French assistants in Scottish schools and training centres, 1920
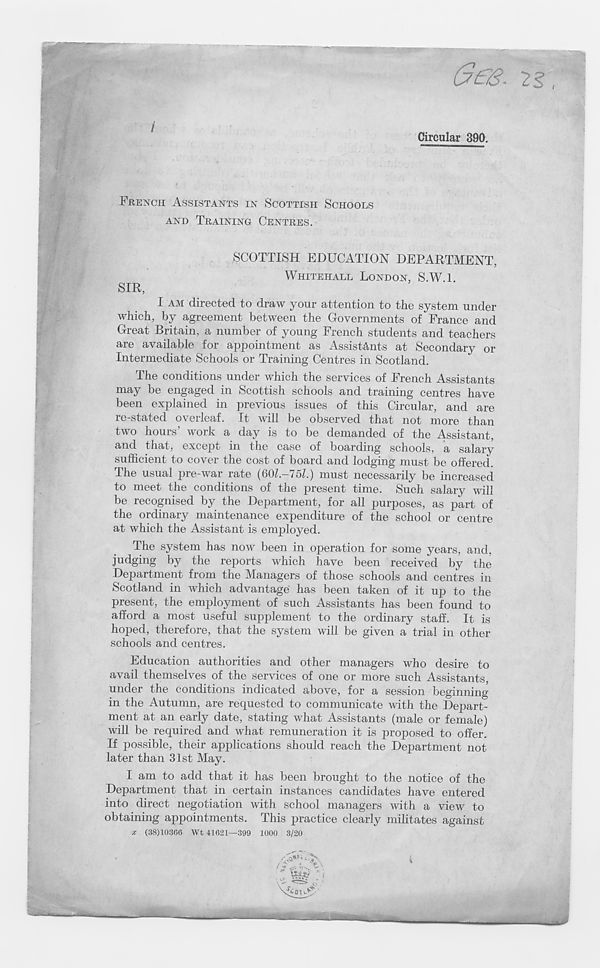
(
Circular 390.
FRENCH ASSISTANTS IN SCOTTISH SCHOOLS
AND TRAINING CENTRES.
SIR,
SCOTTISH EDUCATION DEPARTMENT,
WHITEHALL LONDON, S.W.l.
I AM directed to draw your attention to the system under
which, by agreement between the Governments of France and
Great Britain, a number of young French students and teachers
are available for appointment as Assistants at Secondary or
Intermediate Schools or Training Centres in Scotland.
The conditions under which the services of French Assistants
may be engaged in Scottish schools and training centres have
been explained in previous issues of this Circular, and are
re-stated overleaf. It will be observed that not more than
two hours’ work a day is to be demanded of the Assistant,
and that, except in the case of boarding schools, a salary
sufficient to cover the cost of board and lodging must be offered.
The usual pre-war rate (60Z.-75Z.) must necessarily be increased
to meet the conditions of the present time. Such salary will
be recognised by the Department, for all purposes, as part of
the ordinary maintenance expenditure of the school or centre
at which the Assistant is employed.
The system has now been in operation for some years, and,
judging by the reports which have been received by the
Department from the Managers of those schools and centres in
Scotland in which advantage has been taken of it up to the
present, the employment of such Assistants has been found to
afford a most useful supplement to the ordinary staff. It is
hoped, therefore, that the system will be given a trial in other
schools and centres.
Education authorities and other managers who desire to
avail themselves of the services of one or more such Assistants,
under the conditions indicated above, for a session beginning
in the Autumn, are requested to communicate with the Depart-
ment at an early date, stating what Assistants (male or female)
will be required and what remuneration it is proposed to offer.
If possible, their applications should reach the Department not
later than 31st May.
I am to add that it has been brought to the notice of the
Department that in certain instances candidates have entered
into direct negotiation with school managers with a view to
obtaining appointments. This practice clearly militates against
x (38)10366 Wt 41621—399 1000 3/20